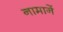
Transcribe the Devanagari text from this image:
नामानें